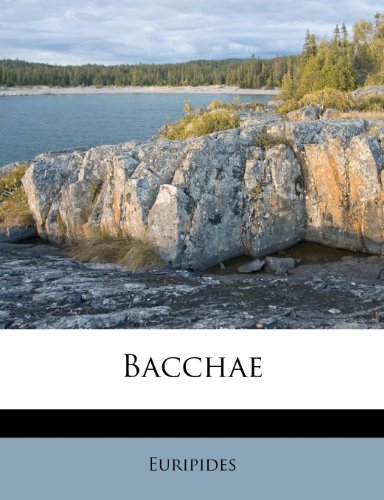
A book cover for Bacchae; Literature & Fiction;